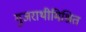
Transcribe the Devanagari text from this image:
गुजराथीमिश्रित